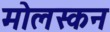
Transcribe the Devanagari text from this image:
मोलस्कन